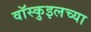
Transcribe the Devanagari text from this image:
वॉस्कुइलच्या